Annual report on the working of the lock hospitals in the North-Western Provinces and Oudh
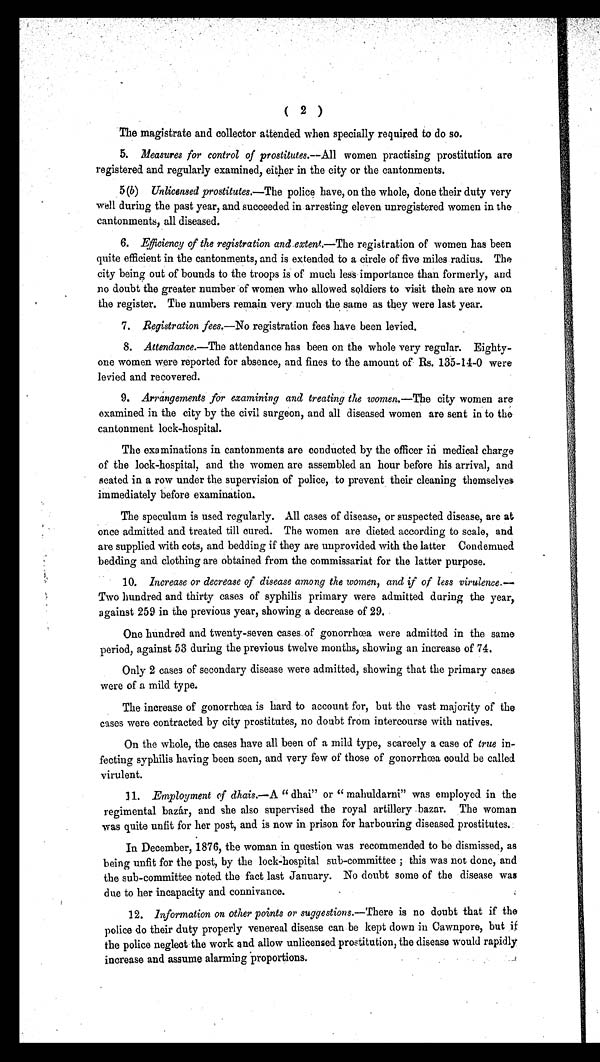
( 2 )
The magistrate and collector attended when specially required to do so.
5. Measures for control of prostitutes.— All women practising prostitution are
registered and regularly examined, either in the city or the cantonments.
5 (b) Unlicensed prostitutes. —The police have, on the whole, done their duty very
well during the past year, and succeeded in arresting eleven unregistered women in the
cantonments, all diseased.
6. Efficiency of the registration and extent.—The registration of women has been
quite efficient in the cantonments, and is extended to a circle of five miles radius. The
city being out of bounds to the troops is of much less importance than formerly, and
no doubt the greater number of women who allowed soldiers to visit them are now on
the register. The numbers remain very much the same as they were last year.
7 .
R e g i s t r a t i o n f e e s
. — N o
r e g i s t r a t i o n f e e s h a v e b e e n l e v i e d .
8. Attendance.—The attendance has been on the whole very regular. Eighty-
one women were reported for absence, and fines to the amount of Rs. 135–14-0 were
levied and recovered.
9. Arrangements for examining and treating the women.—The city women are
examined in the city by the civil surgeon, and all diseased women are sent in to the
cantonment lock-hospital.
The examinations in cantonments are conducted by the officer in medical charge
of the lock-hospital, and the women are assembled an hour before his arrival, and
seated in a row under the supervision of police, to prevent their cleaning themselves
immediately before examination.
The speculum is used regularly. All cases of disease, or suspected disease, are at
once admitted and treated till cured. The women are dieted according to scale, and
are supplied with cots, and bedding if they are unprovided with the latter Condemned
bedding and clothing are obtained from the commissariat for the latter purpose.
10. Increase or decrease of disease among the women, and if of less virulence .—
Two hundred and thirty cases of syphilis primary were admitted during the year,
against 259 in the previous year, showing a decrease of 29.
One hundred and twenty-seven cases of gonorrhœa were admitted in the same
period, against 53 during the previous twelve months, showing an increase of 74.
Only 2 cases of secondary disease were admitted, showing that the primary cases
were of a mild type.
The increase of gonorrhœa is hard to account for, but the vast majority of the
cases were contracted by city prostitutes, no doubt from intercourse with natives.
On the whole, the cases have all been of a mild type, scarcely a case of true in-
fecting syphilis having been seen, and very few of those of gonorrhœa could be called
virulent.
11. Employment cf dhais.—A " dhai" or " mahuldarni" was employed in the
regimental bazár, and she also supervised the royal artillery .bazar. The woman
was quite unfit for her post, and is now in prison for harbouring diseased prostitutes.
In December, 1876, the woman in question was recommended to be dismissed, as
being unfit for the post, by the lock-hospital sub-committee ; this was not done, and
the sub-committee noted the fact last January. No doubt some of the disease was
due to her incapacity and connivance.
12. Information on other points or suggestions .—There is no doubt that if the
police do their duty properly venereal disease can be kept down in Cawnpore, but if
the police neglect the work and allow unlicensed prostitution, the disease would rapidly
increase and assume alarming proportions.